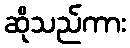
ဆိုသည်ကား